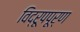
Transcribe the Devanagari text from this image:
विद्रूपपूर्ण